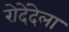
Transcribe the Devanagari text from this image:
रोदेंदेला